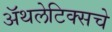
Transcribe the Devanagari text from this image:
अॅथलेटिक्सचे